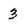
Character: 3